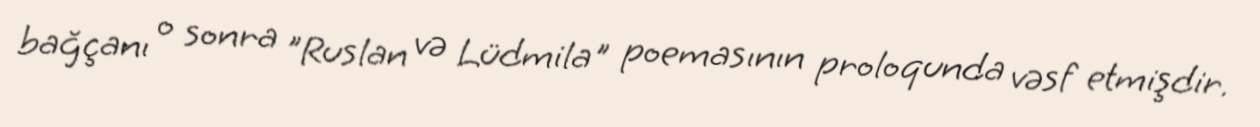
bağçanı o sonra "Ruslan və Lüdmila" poemasının proloqunda vəsf etmişdir.